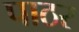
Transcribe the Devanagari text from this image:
पाठर